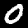
Label: 0